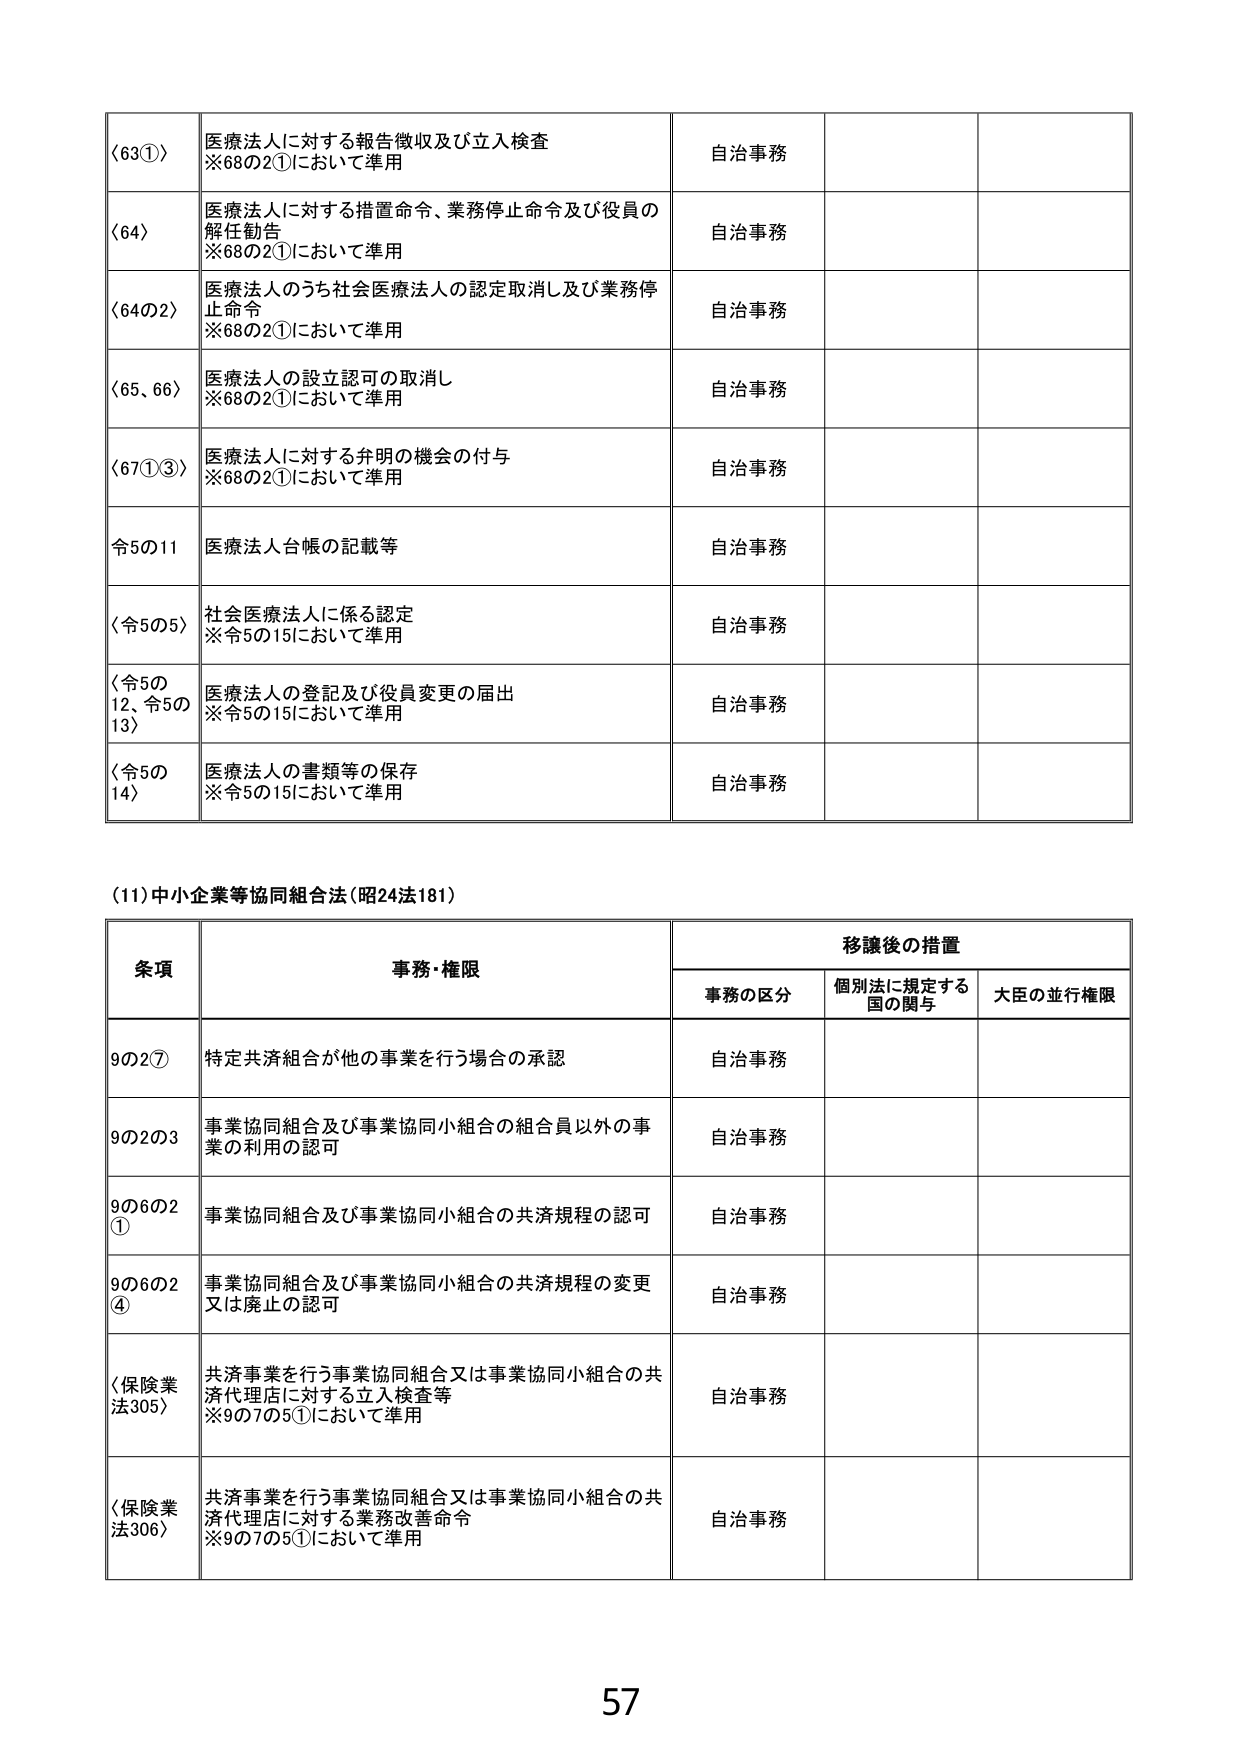
(63①) 医療法人に対する報告徴収及び立入検査
※68の2①において準用
自治事務

(64) 医療法人に対する措置命令、業務停止命令及び役員の解任勧告
※68の2①において準用
自治事務

(64の2) 医療法人のうち社会医療法人の認定取消し及び業務停止命令
※68の2①において準用
自治事務

(65、66) 医療法人の設立認可の取消し
※68の2①において準用
自治事務

(67①③) 医療法人に対する弁明の機会の付与
※68の2①において準用
自治事務

令5の11 医療法人台帳の記載等
自治事務

(令5の5) 社会医療法人に係る認定
※令5の15において準用
自治事務

(令5の12、令5の13) 医療法人の登記及び役員変更の届出
※令5の15において準用
自治事務

(令5の14) 医療法人の書類等の保存
※令5の15において準用
自治事務

(11) 中小企業等協同組合法（昭24法181）

条項 事務・権限 移譲後の措置
　　事務の区分 個別法に規定する国の関与 大臣の並行権限

9の2⑦ 特定共済組合が他の事業を行う場合の承認 自治事務

9の2の3 事業協同組合及び事業協同小組合の組合員以外の事業の利用の認可 自治事務

9の6の2① 事業協同組合及び事業協同小組合の共済規程の認可 自治事務

9の6の2④ 事業協同組合及び事業協同小組合の共済規程の変更又は廃止の認可 自治事務

(保険業法305) 共済事業を行う事業協同組合又は事業協同小組合の共済代理店に対する立入検査等
※9の7の5①において準用
自治事務

(保険業法306) 共済事業を行う事業協同組合又は事業協同小組合の共済代理店に対する業務改善命令
※9の7の5①において準用
自治事務

57